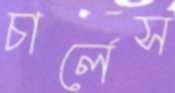
চার্লেস